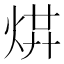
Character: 𤉻